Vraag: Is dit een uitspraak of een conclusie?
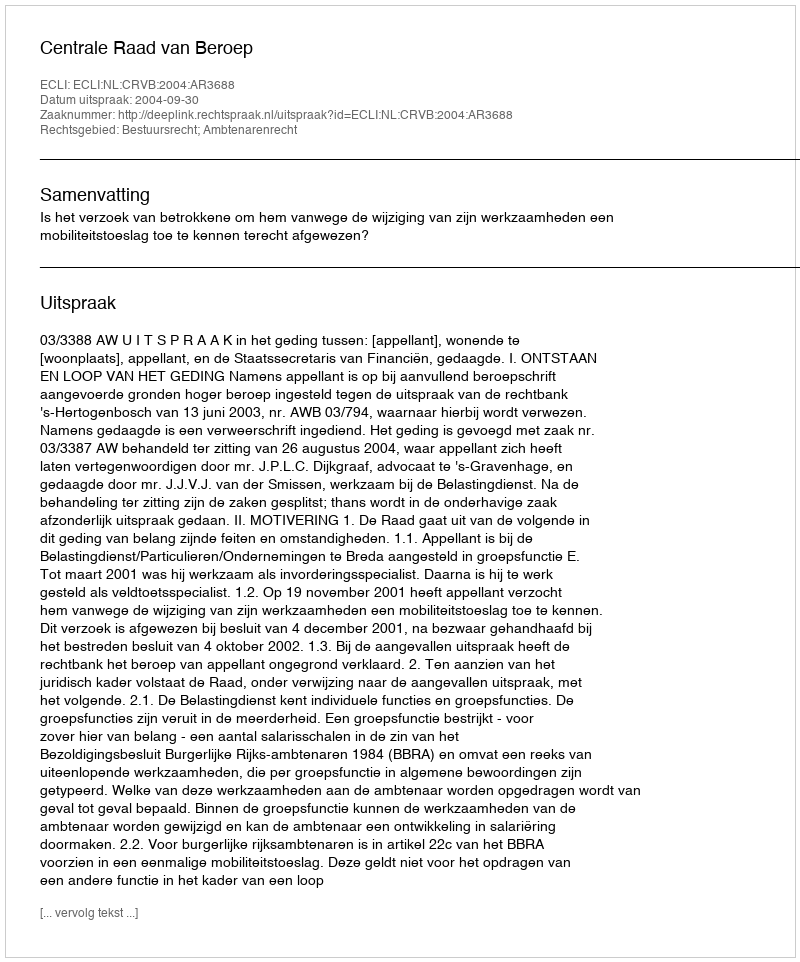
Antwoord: Uitspraak